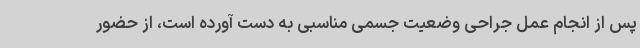
پس از انجام عمل جراحی وضعیت جسمی مناسبی به دست آورده است، از حضور